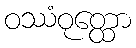
ဝဿံဝုတ္ထော